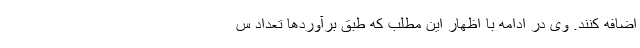
اضافه کنند. وی در ادامه با اظهار این مطلب که طبق برآوردها تعداد س